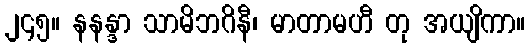
၂၄၅။ နနန္ဒာ သာမိဘဂိနီ၊ မာတာမဟီ တု အယျိကာ။